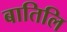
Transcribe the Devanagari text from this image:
बातिलि